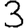
Digit: 3